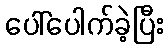
ပေါ်ပေါက်ခဲ့ပြီး